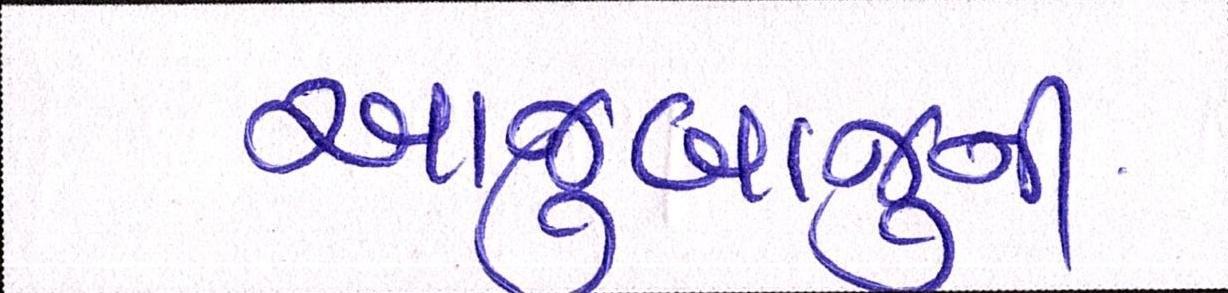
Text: આજુબાજુની